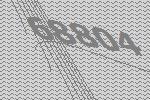
68804